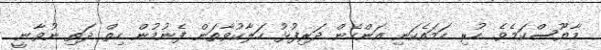
މާޔޫސްކަމެވެ. ހުރި ހަމައެކަނި އަންހެން ދަރިފުޅު ހަލާކުވާތަން ފެނުމުން ހިތް ދަތި ނުވާނީ